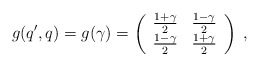
\begin{align*}g(q',q)=g(\gamma)=\left(\begin{array}{cc}\frac{1+\gamma}{2}&\frac{1-\gamma}{2}\\\frac{1-\gamma}{2}&\frac{1+\gamma}{2}\end{array}\right)\;,\end{align*}